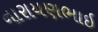
નારાયણભાઇ